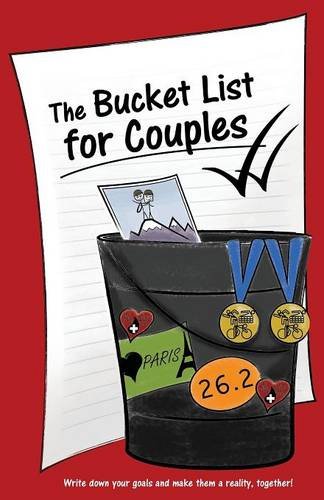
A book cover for The Bucket List for Couples; Lovebook; Parenting & Relationships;